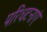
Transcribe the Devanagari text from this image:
परिधटनाएं